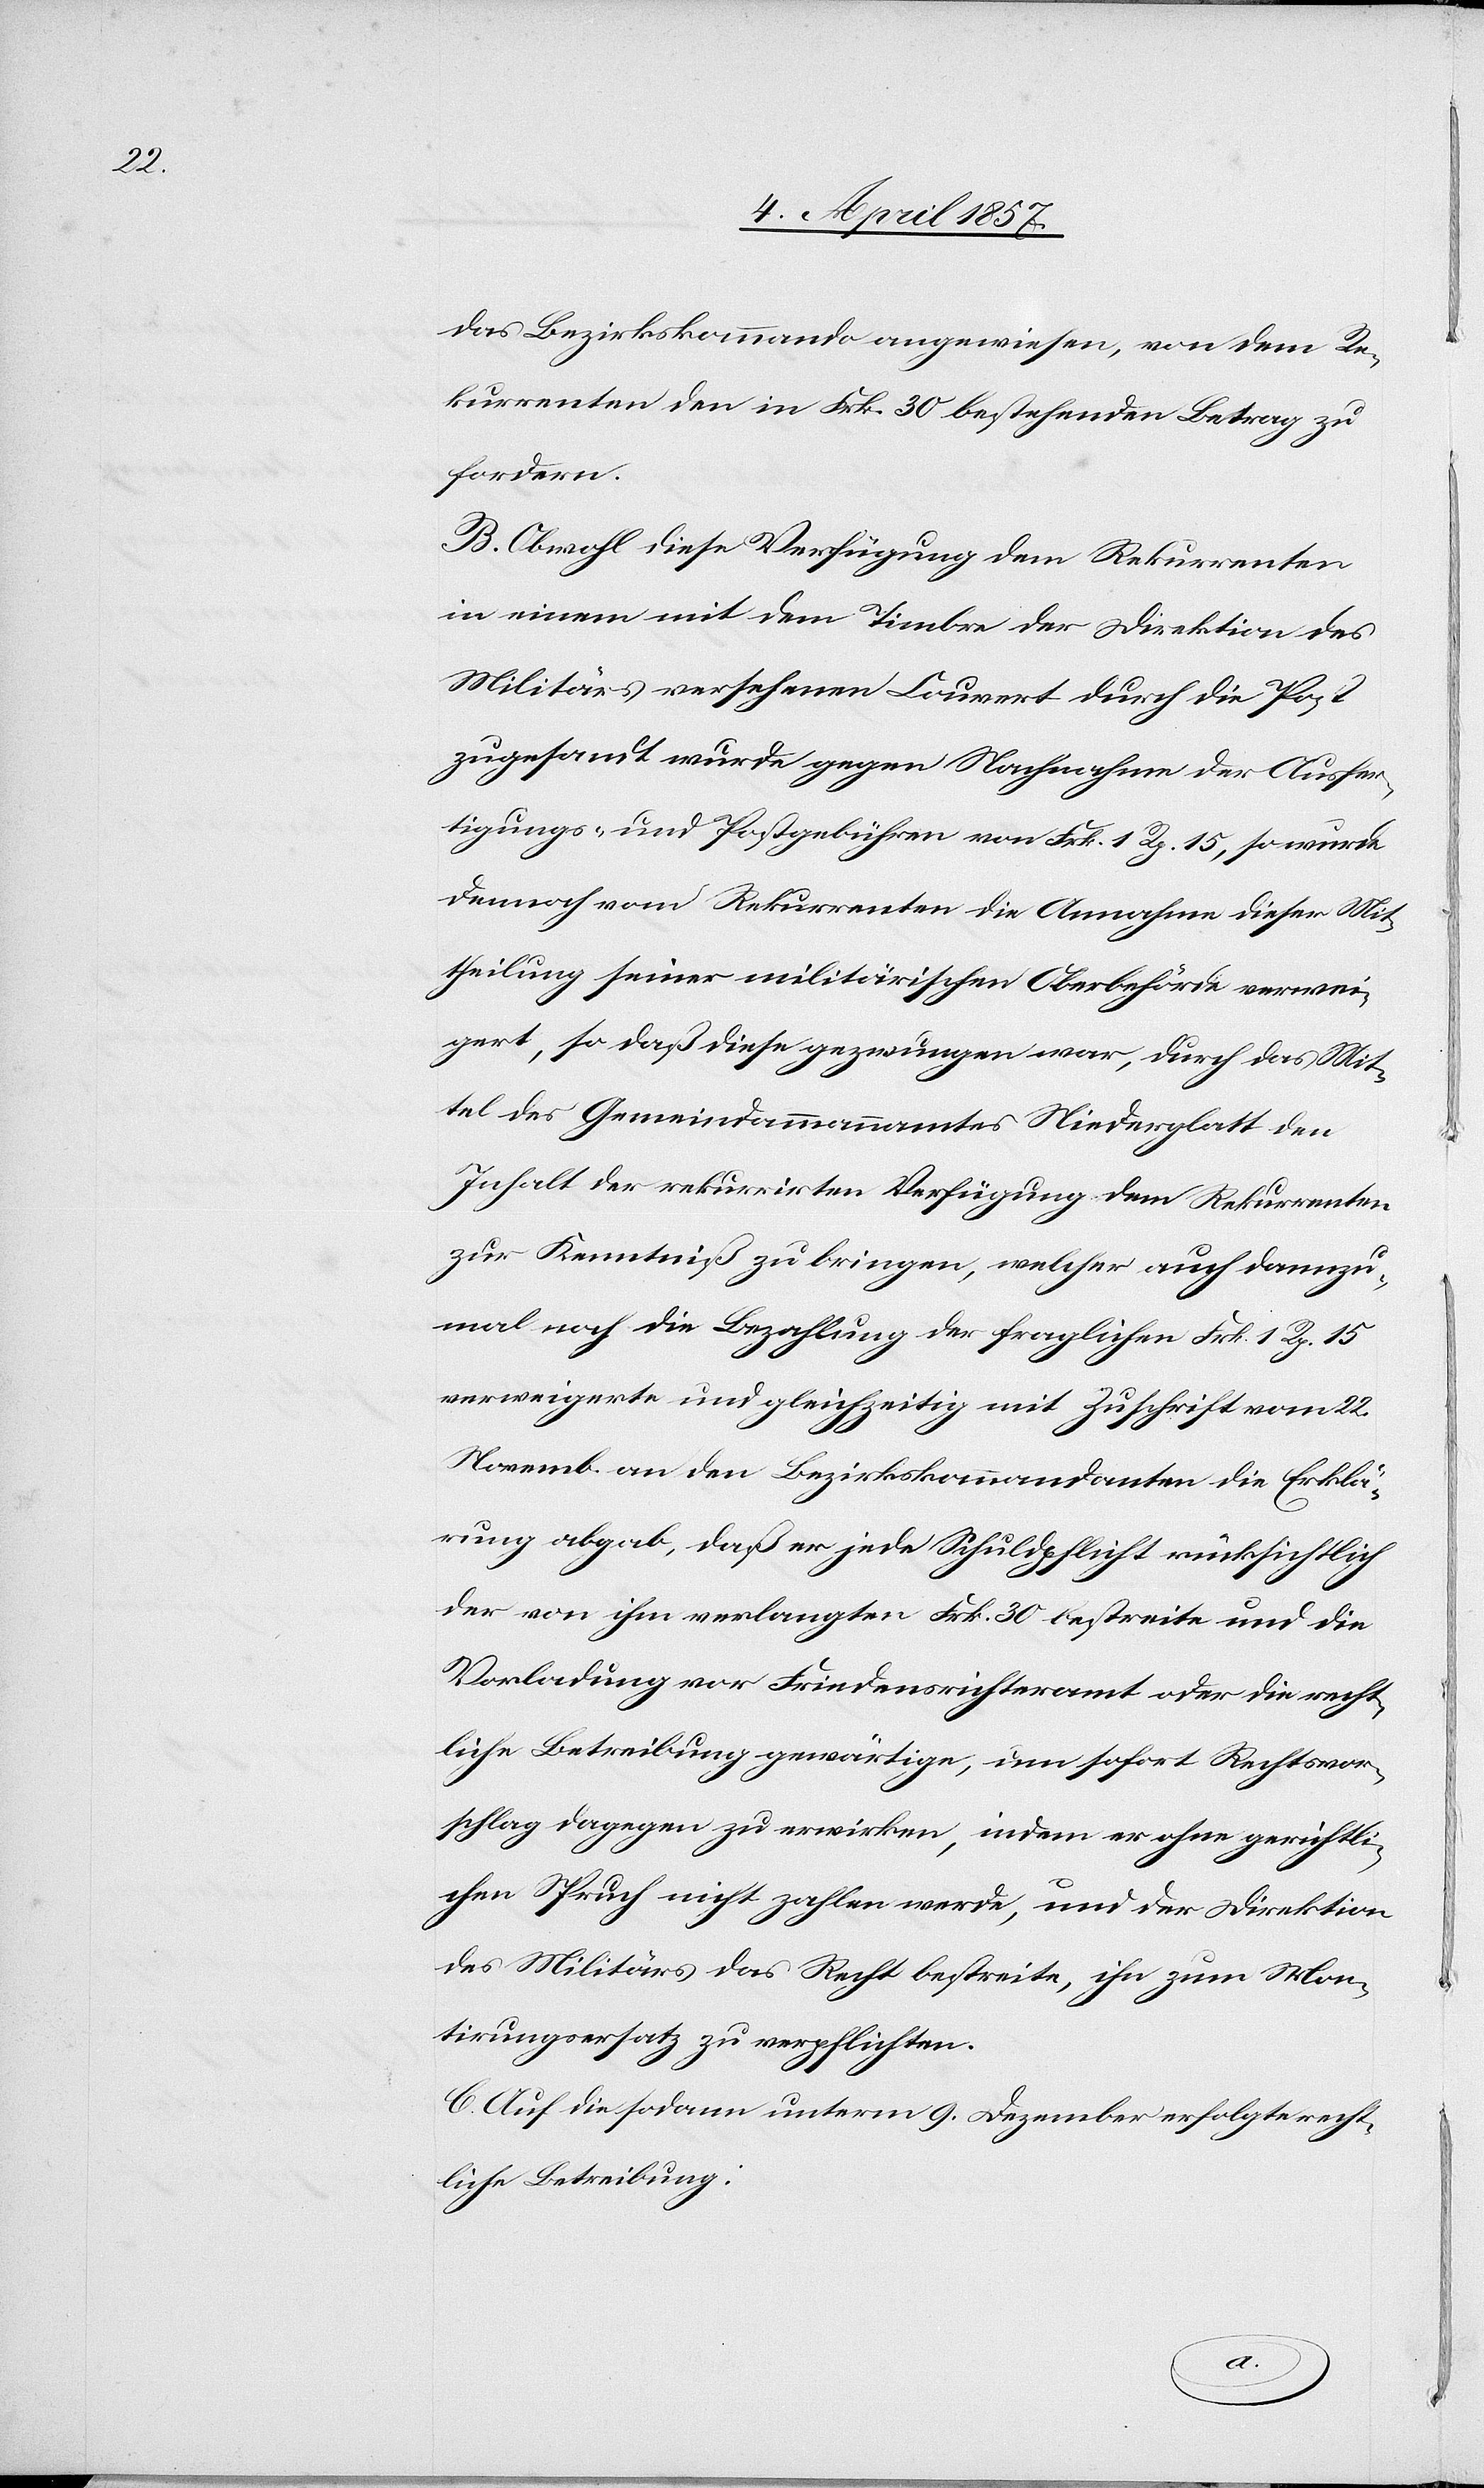
das Bezirkskommando angewiesen, von dem Re¬
kurrenten den in Frk. 30 bestehenden Betrag zu
fordern.
B. Obwohl diese Verfügung dem Rekurrenten
in einem mit dem Timbre der Direktion des
Militärs versehenen Couvert durch die Post
zugesandt wurde gegen Nachnahme der Ausfer¬
tigungs- und Postgebühren von Frk. 1 Rp. 15, so wurde
dennoch vom Rekurrenten die Annahme dieser Mit¬
theilung seiner militärischen Oberbehörde verwei¬
gert, so daß diese gezwungen war, durch das Mit¬
tel des Gemeindammannamtes Niederglatt den
Inhalt der rekurrirten Verfügung dem Rekurrenten
zur Kenntniß zu bringen, welcher auch dannzu¬
mal noch die Bezahlung der fraglichen Frk. 1 Rp. 15
verweigerte und gleichzeitig mit Zuschrift vom 22.
Novemb. an den Bezirkskommandanten die Erklä¬
rung abgab, daß er jede Schuldpflicht rücksichtlich
der von ihm verlangten Frk. 30 bestreite und die
Vorladung vor Friedensrichteramt oder die recht¬
liche Betreibung gewärtige, um sofort Rechtsvor¬
schlag dagegen zu erwirken, indem er ohne gerichtli¬
chen Spruch nicht zahlen werde, und der Direktion
des Militärs das Recht bestreite, ihn zum Mon¬
tirungsersatz zu verpflichten.
C. Auf die sodann unterm 9. Dezember erfolgte recht¬
liche Betreibung: